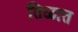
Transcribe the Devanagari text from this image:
तिळात